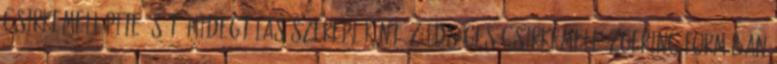
csirkemell pite. Sőt, hidegtálas szereplőként. Zöldséges csirkemell őzgerinc formában